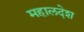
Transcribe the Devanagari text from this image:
महालदेश